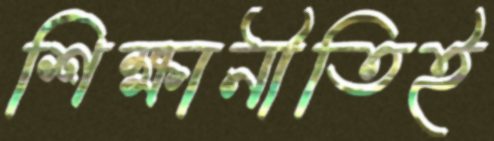
শিক্ষানীতিই